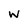
Character: W